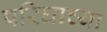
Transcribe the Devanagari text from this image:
परिघाच्या